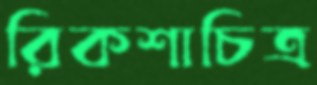
রিকশাচিত্র